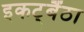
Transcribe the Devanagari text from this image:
इकट्बैंठा